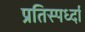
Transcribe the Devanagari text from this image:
प्रतिस्पर्ध्दा